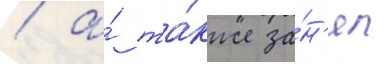
/ а́ та́кже за́н'ял